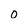
Character: O